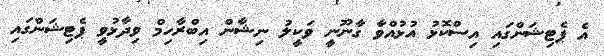
އެ ޕެޓިޝަންގައި އިސްކޮޅު އުޅުއްވާ ގާނޫނީ ވަކީލު ނިޝާން އިބްރާހިމް ވިދާޅުވީ ޕެޓިޝަންގައި